Document type: Sale
Year: 1440
Scribe: Pere Pau Pujades
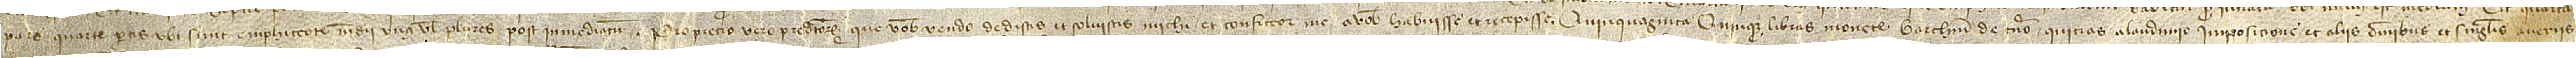
pars quarte partis ubi sunt emphiteote medii unus vel plures post inmediatum. Pro precio vero predictorum que vobis vendo dedistis et solvistis michi et confiteor me a vobis habuisse et recepisse quinquaginta quinque libras monete Barchinone de terno quitias a laudimio, imposicione et aliis omnibus et singulis averiis